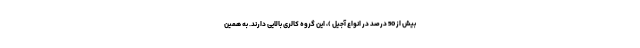
بیش از 50 درصد در انواع آجیل )، این گروه کالری بالایی دارند. به همین